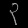
Digit: ၃